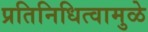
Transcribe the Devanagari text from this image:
प्रतिनिधित्वामुळे